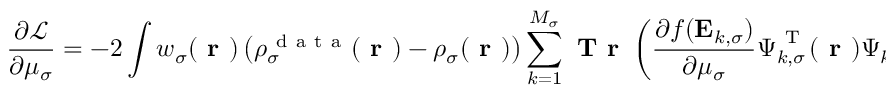
\frac { \partial \mathcal { L } } { \partial \mu _ { \sigma } } = - 2 \int w _ { \sigma } ( \boldsymbol { \textbf { r } } ) \left( \rho _ { \sigma } ^ { \mathrm { ~ d ~ a ~ t ~ a ~ } } ( \boldsymbol { \textbf { r } } ) - \rho _ { \sigma } ( \boldsymbol { \textbf { r } } ) \right) \sum _ { k = 1 } ^ { M _ { \sigma } } \textbf { T r } \left( \frac { \partial f ( \mathbf { E } _ { k , \sigma } ) } { \partial \mu _ { \sigma } } \boldsymbol { \Psi } _ { k , \sigma } ^ { \mathrm { ~ T ~ } } ( \boldsymbol { \textbf { r } } ) \boldsymbol { \Psi } _ { k , \sigma } ( \boldsymbol { \textbf { r } } ) \right) \, d \boldsymbol { \textbf { r } } + \eta _ { \sigma } \sum _ { k = 1 } ^ { M _ { \sigma } } \textbf { T r } \left( \frac { \partial f ( \mathbf { E } _ { k , \sigma } ) } { \partial \mu _ { \sigma } } \right) \, .